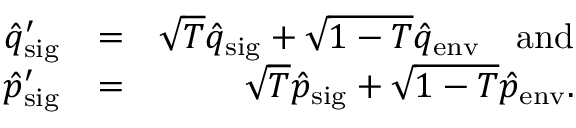
\begin{array} { r l r } { \hat { q } _ { \mathrm { s i g } } ^ { \prime } } & { = } & { \sqrt { T } \hat { q } _ { \mathrm { s i g } } + \sqrt { 1 - T } \hat { q } _ { \mathrm { e n v } } \quad \mathrm { a n d } } \\ { \hat { p } _ { \mathrm { s i g } } ^ { \prime } } & { = } & { \sqrt { T } \hat { p } _ { \mathrm { s i g } } + \sqrt { 1 - T } \hat { p } _ { \mathrm { e n v } } . } \end{array}